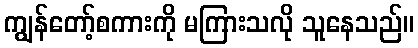
ကျွန်တော့်စကားကို မကြားသလို သူနေသည်။